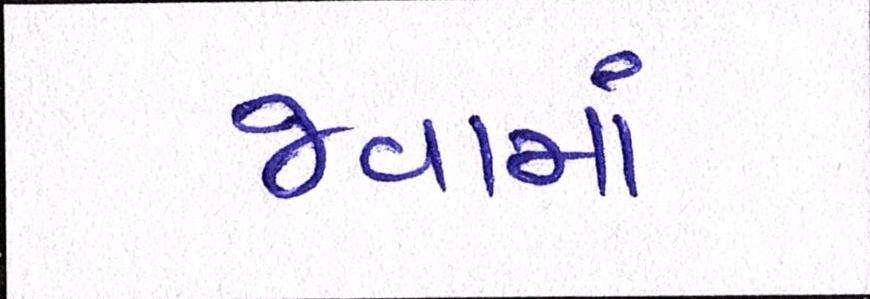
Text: જવામાં